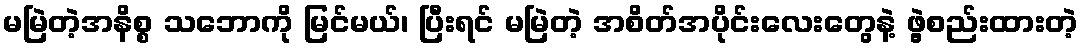
မမြဲတဲ့အနိစ္စ သဘောကို မြင်မယ်၊ ပြီးရင် မမြဲတဲ့ အစိတ်အပိုင်းလေးတွေနဲ့ ဖွဲ့စည်းထားတဲ့